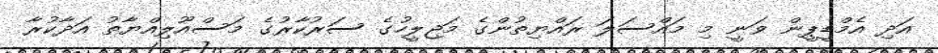
އަދި އެމްޑީޕީން ވަނީ މި މައްސަލަ ރައްޔިތުންގެ މަޖިލީހުގެ ސަރުކާރުގެ މަސްއޫލިއްޔާތު އަދާކުރާ